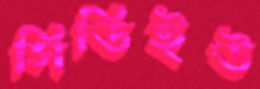
সিডিইউ